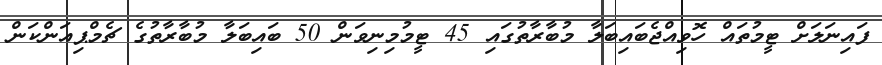
ފައިނަލަށް ޓީމުތައް ހޮވިއްޖެބައިބަލާ މުބާރާތުގައި 45 ޓީމުމިނިވަން 50 ބައިބަލާ މުބާރާތުގެ ޗެމްޕިއަންކަން